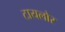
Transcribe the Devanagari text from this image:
टायलोर